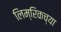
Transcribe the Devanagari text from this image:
लिम्‌रिकच्या